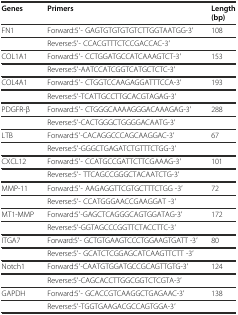
| Genes | Primers | Length (bp) |
 | --- | --- | --- |
 | FN1 | Forward:5′- GAGTGTGTGTGTCTTGGTAATGG-3′ | 108 |
 |  | Reverse:5′- CCACGTTTCTCCGACCAC-3′ |  |
 | COL1A1 | Forward:5′- CCTGGATGCCATCAAAGTCT-3′ | 153 |
 |  | Reverse:5′-AATCCATCGGTCATGCTCTC-3′ |  |
 | COL4A1 | Forward:5′- CTGGTCCAAGAGGATTTCCA-3′ | 193 |
 |  | Reverse:5′-TCATTGCCTTGCACGTAGAG-3′ |  |
 | PDGFR-β | Forward:5′- CTGGGCAAAAGGGACAAAGAG-3′ | 288 |
 |  | Reverse:5′-CACTGGGCTGGGGACAATG-3′ |  |
 | LTB | Forward:5′-CACAGGCCCAGCAAGGAC-3′ | 67 |
 |  | Reverse:5′-GGGCTGAGATCTGTTTCTGG-3′ |  |
 | CXCL12 | Forward:5′- CCATGCCGATTCTTCGAAAG-3′ | 101 |
 |  | Reverse:5′- TTCAGCCGGGCTACAATCTG-3′ |  |
 | MMP-11 | Forward:5′- AAGAGGTTCGTGCTTTCTGG -3′ | 72 |
 |  | Reverse:5′- CCATGGGAACCGAAGGAT -3′ |  |
 | MT1-MMP | Forward:5′-GAGCTCAGGGCAGTGGATAG-3′ | 172 |
 |  | Reverse:5′-GGTAGCCCGGTTCTACCTTC-3′ |  |
 | ITGA7 | Forward:5′- GCTGTGAAGTCCCTGGAAGTGATT -3′ | 80 |
 |  | Reverse:5′- GCATCTCGGAGCATCAAGTTCTT -3′ |  |
 | Notch1 | Forward:5′-CAATGTGGATGCCGCAGTTGTG-3′ | 124 |
 |  | Reverse:5′-CAGCACCTTGGCGGTCTCGTA-3′ |  |
 | GAPDH | Forward:5′- GCACCGTCAAGGCTGAGAAC-3′ | 138 |
 |  | Reverse:5′-TGGTGAAGACGCCAGTGGA-3′ |  |